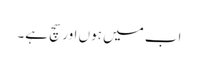
اب میں ہوں اور سچ ہے۔